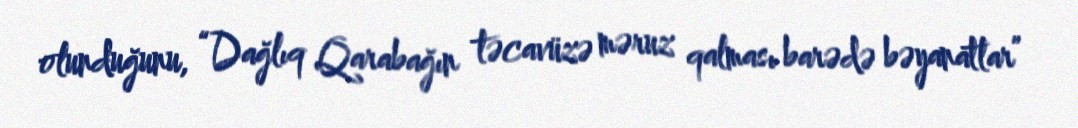
olunduğunu, “Dağlıq Qarabağın təcavüzə məruz qalması barədə bəyanatlar”